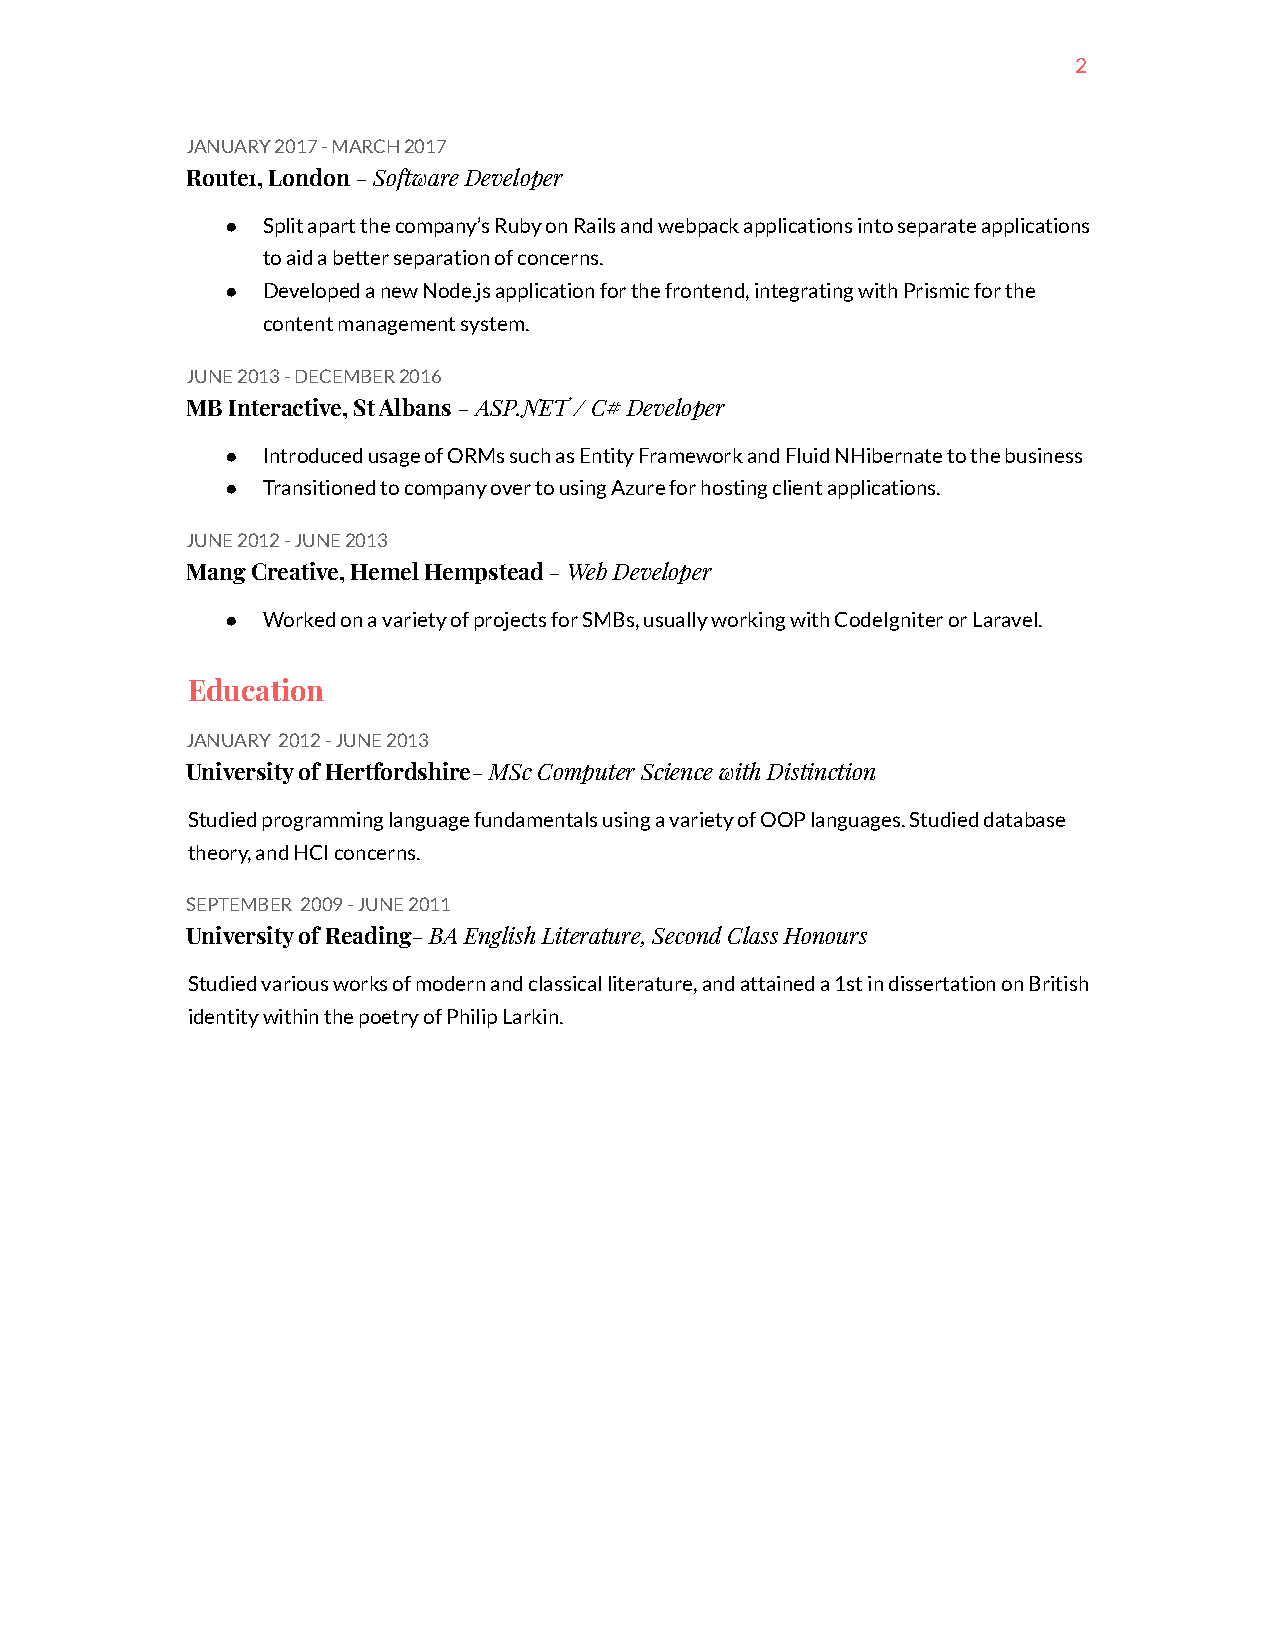
2
 JANUARY 2017 - MARCH 2017
 Route1, London- Software Developer
 ● Split apart the company’s Ruby on Rails and webpackapplications into separate applications
 to aid a better separation of concerns.
 ● Developed a new Node.js application for the frontend,integrating with Prismic for the
 content management system.
 JUNE 2013 - DECEMBER 2016
 MB Interactive, St Albans - ASP.NET / C# Developer
 ● Introduced usage of ORMs such as Entity Frameworkand Fluid NHibernate to the business
 ● Transitioned to company over to using Azure for hostingclient applications.
 JUNE 2012 - JUNE 2013
 Mang Creative, Hemel Hempstead- Web Developer
 ● Worked on a variety of projects for SMBs, usuallyworking with CodeIgniter or Laravel.
 Education
 JANUARY 2012 - JUNE 2013
 University of Hertfordshire- MSc Computer Sciencewith Distinction
 Studied programming language fundamentals using avariety of OOP languages. Studied database
 theory, and HCI concerns.
 SEPTEMBER 2009 - JUNE 2011
 University of Reading- BA English Literature, SecondClass Honours
 Studied various works of modern and classical literature,and attained a 1st in dissertation on British
 identity within the poetry of Philip Larkin.